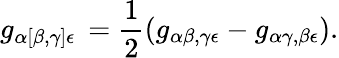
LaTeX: g_{\alpha[\beta,\gamma]\epsilon}\, ={\frac{1}{2}}(g_{\alpha\beta,\gamma\epsilon}-g_{\alpha\gamma,\beta\epsilon}).